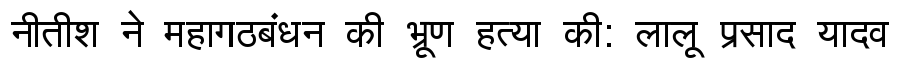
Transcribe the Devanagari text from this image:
नीतीश ने महागठबंधन की भ्रूण हत्या की: लालू प्रसाद यादव